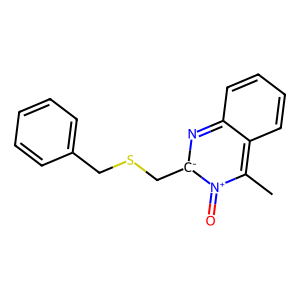
SMILES: Cc1c2ccccc2n[c-](CSCc2ccccc2)[n+]1=O
Inhibits HIV replication: No